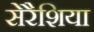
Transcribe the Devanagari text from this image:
सेरैशिया